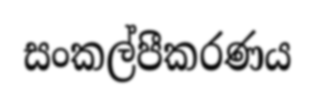
සංකල්පීකරණය